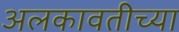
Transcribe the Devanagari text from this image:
अलकावतीच्या